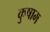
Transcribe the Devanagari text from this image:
कुषाम